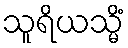
သူရိယသ္မိံ